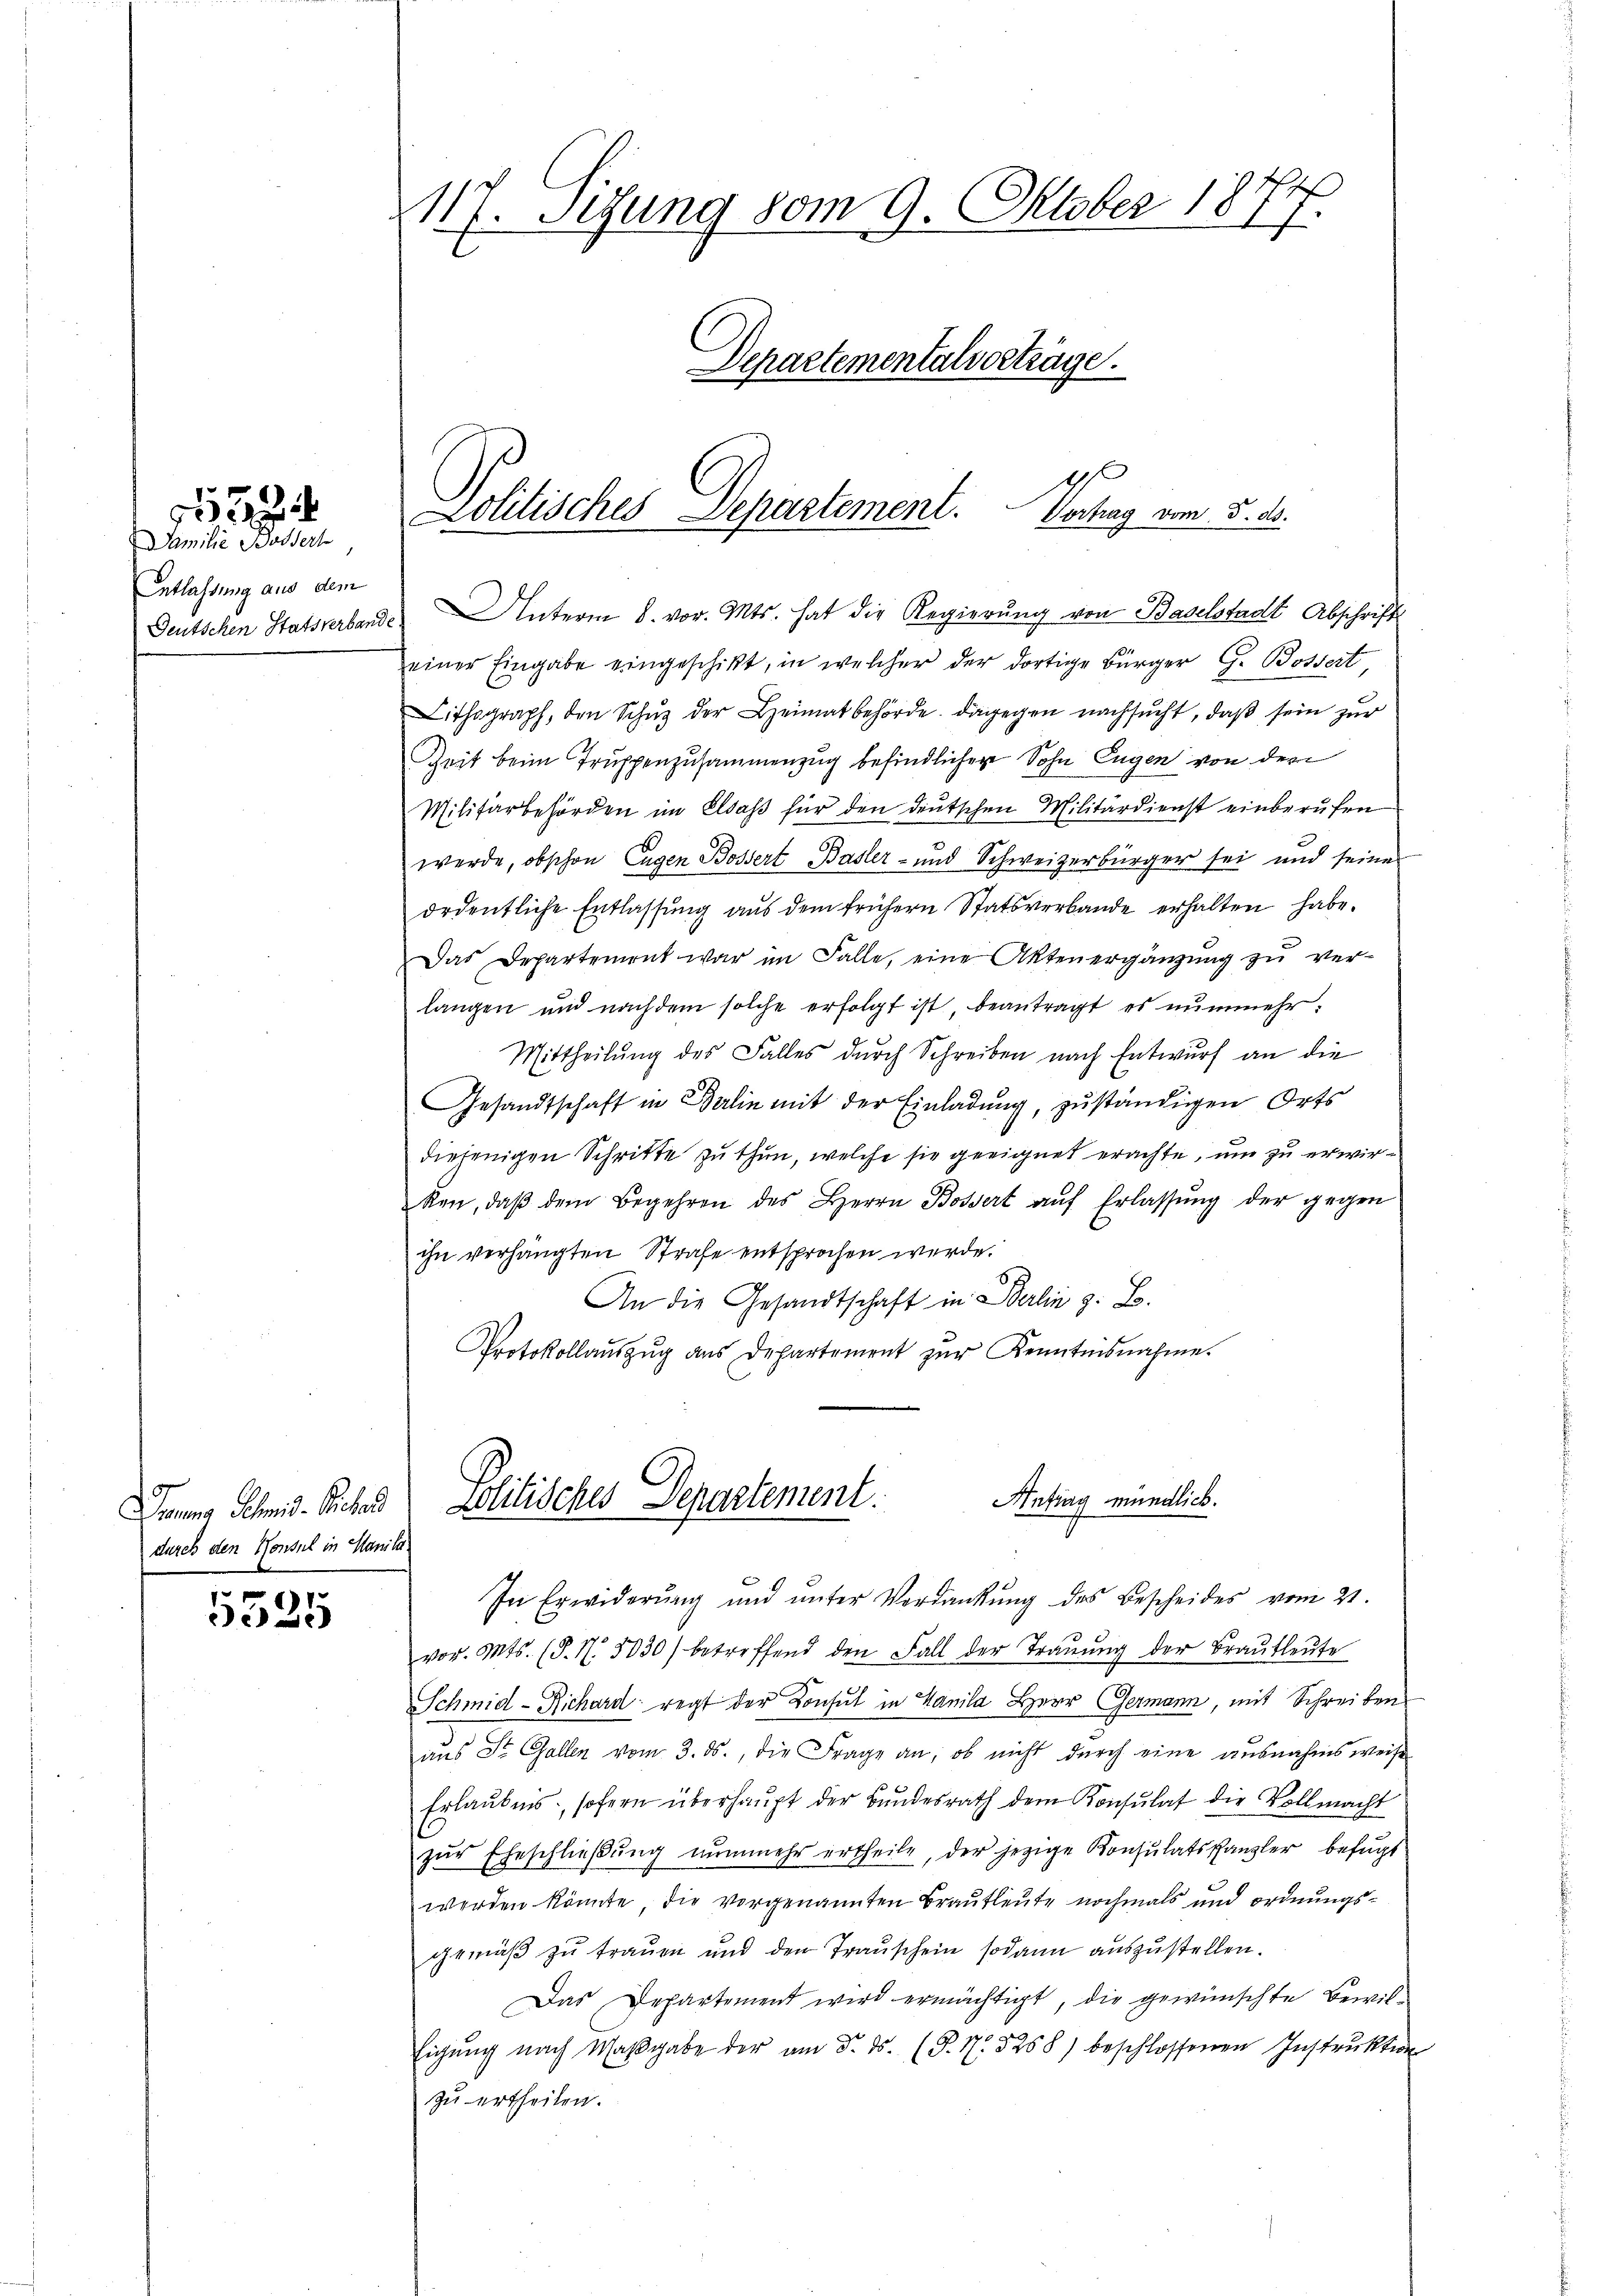
2

Familie Bassert
Entlassung aus dem
Deutschen Statsverband

Banna Helmis-Reclar
durch den Konsul in Manila

5535

117. Sigung vom 9. Oktober 1874
Departementalvorträge.

I
Lolitisches Departement. Verhag vom 5. ds.

Unterm 8. vor. Mts. hat die Regierŭng von Baselstadt, Abschrifts
einer Eingabe eingeschikt, in welcher der dortige Bürger G. Bossert
Lithograph, den Schŭt der Leimat behörde. Dagegen nachsucht, daß sein zur
Zeit beim Truppenzusammenzug befindlichen Sohn Eugen von den
Militärbehörden im Elsass für den deutschen Militärdienst einberufen
werde, obschon Eugen Bossert Basler- und Schweizerbürger sei und seine
ordentliche Entlassung aus dem frühern Statsverbande erhalten habe.
Das Departement war im Falle, eine Akten ergänzung zu verlangen und nachdem solche erfolgt ist, beantragt, es nunmehr.
Mittheilung des Falles durch Schreiben nach Entwurf an die
Gesandtschaft in Balin mit der Einladung, zuständigen Orts
diejenigen Schritte zu thun, welche sie geeignet erachte, um zu erwirken, daβ dem Begehren des Herrn Bossert aŭf Erlassŭng der gegen
ihn verhängten Strafe entsprochen werde.
An die Gesandtschaft in Berlin z. B.
Protokollauszug aus Departement zur Kenntnisnahme.

Antrag mündlich.
Politisches Departement.

In Erwiderŭng und ŭnter Verdankŭng des Bescheides vom 21.
vor. Mts. (T. N. 5030) betreffend den Fall der Trauung der Brautleute
Schmid-Richard regt der Consul in Vanila Herr Germann, mit Schreiben
aus St. Gallen vom 3. ds., die Frage an, ob nicht durch eine ausnahmsweise
Erlaubnis, sofern überhaupt der Bundesrath dem Konsulat die Vollmacht
zŭr Eheschließung nunmehr ertheile, der jezige Konsulatskanzler befugt
werden könnte, die vorgenannten Brautleute nochmals und ordnungsgemäß zu trauen und den Trauschein sodann auszustellen.
Das Departement wird ermächtigt, die gewünschte Bewil¬
Eigŭng nach Maβgabe der am 5. ds. (T. N. 5258) beschlossenen Instrŭktion
zu ertheilen.